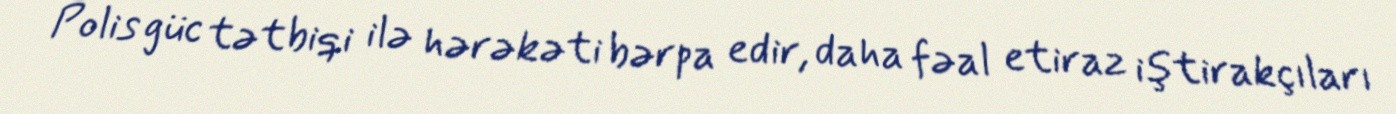
Polis güc tətbiqi ilə hərəkəti bərpa edir, daha fəal etiraz iştirakçıları